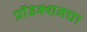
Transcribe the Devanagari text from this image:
प्रॉडक्शनचा